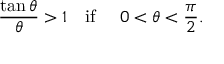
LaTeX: { \frac { \tan \theta } { \theta } } > 1 \quad { \mathrm { i f ~ } } \quad 0 < \theta < { \frac { \pi } { 2 } } .